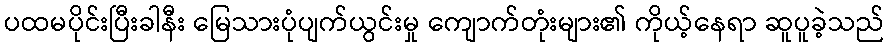
ပထမပိုင်းပြီးခါနီး မြေသားပုံပျက်ယွင်းမှု ကျောက်တုံးများ၏ ကိုယ့်နေရာ ဆူပူခဲ့သည်